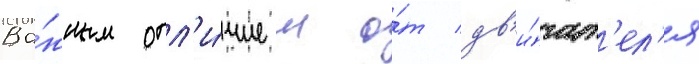
Ва́жным отл'и́чием о́т дв'и́гат'ел'я